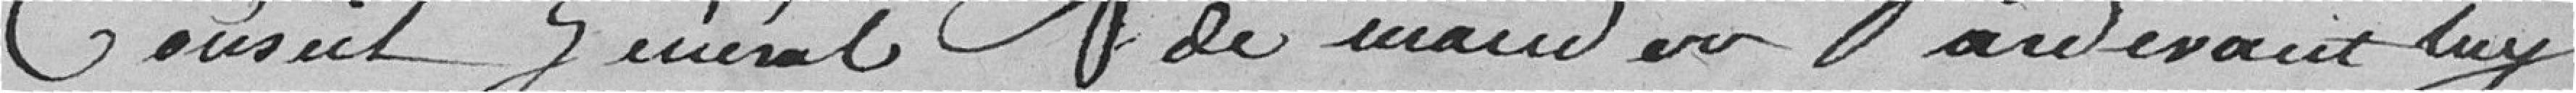
Conseil Général de ....  en partenariat avec